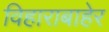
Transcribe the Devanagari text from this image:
विहाराबाहेर